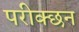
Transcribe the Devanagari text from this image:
परीक्छन